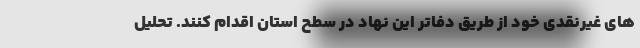
های غیرنقدی خود از طریق دفاتر این نهاد در سطح استان اقدام کنند. تحلیل